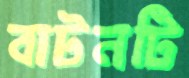
বাটনটি